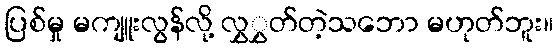
ပြစ်မှု မကျူးလွန်လို့ လွှွှတ်တဲ့သဘော မဟုတ်ဘူး။